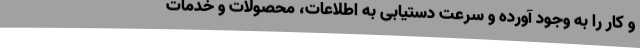
و کار را به وجود آورده و سرعت دستیابی به اطلاعات، محصولات و خدمات